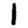
Digit: 1